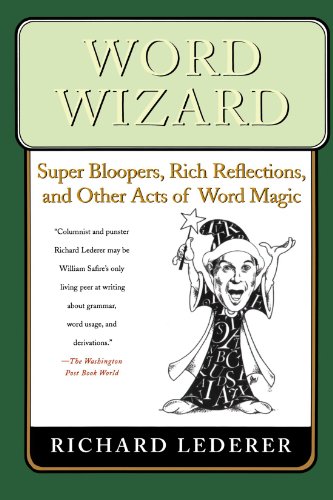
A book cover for Word Wizard: Super Bloopers, Rich Reflections, and Other Acts of Word Magic; Richard Lederer; Humor & Entertainment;